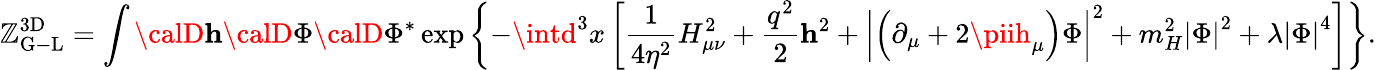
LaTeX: {\cal\mathbb{Z}}_{\mathrm{{G-L}}}^{\mathrm{{3D}}}=\int{\calD}{\mathbf{h}}{\calD}\Phi{\calD}\Phi^{*}\exp\left\{ -\intd^{3}x\left[\frac{{1}}{{4\eta^{2}}}H_{\mu\nu}^{2}+\frac{{q^{2}}}{{2}}{\mathbf{h}}^{2}+\left|\left(\partial_{\mu}+2\piih_{\mu}\right)\Phi\right|^{2}+m_{H}^{2}\left|\Phi\right|^{2}+\lambda\left|\Phi\right|^{4}\right]\right\} .